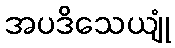
အပဒိသေယျုံ